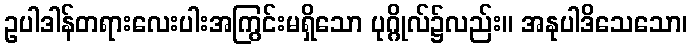
ဥပါဒါန်တရားလေးပါးအကြွင်းမရှိသော ပုဂ္ဂိုလ်၌လည်း။ အနုပါဒိသေသော၊